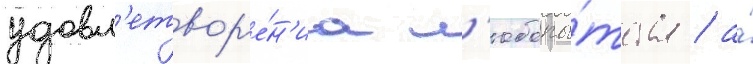
удовл'етвор'е́н'иа л'юбопы́тства / а́